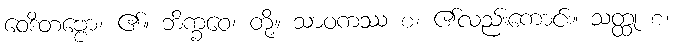
ဝေဒိတဗ္ဗော၊ ၏။ ဘိက္ခဝေ၊ တို့။ သာဝကဿ စ၊ ၏လည်းကောင်း။ သတ္ထု စ၊